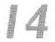
14